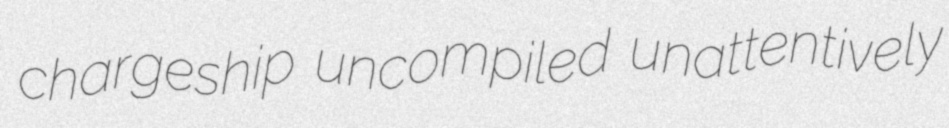
chargeship uncompiled unattentively